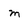
Character: m